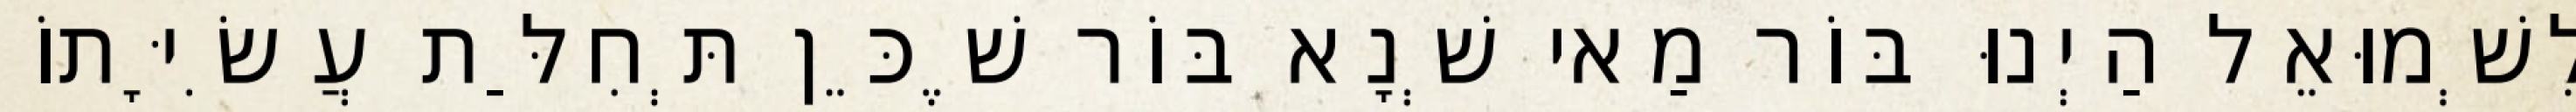
לִשְׁמוּאֵל הַיְנוּ בּוֹר מַאי שְׁנָא בּוֹר שֶׁכֵּן תְּחִלַּת עֲשִׂיָּתוֹ